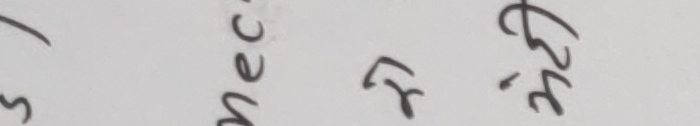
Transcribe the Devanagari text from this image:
भनेकरछ